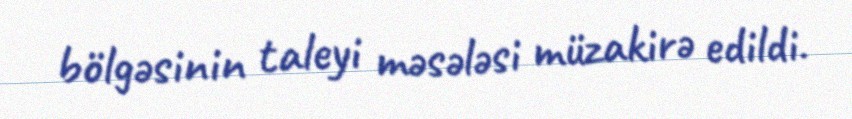
bölgəsinin taleyi məsələsi müzakirə edildi.